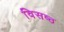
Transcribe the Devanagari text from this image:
विसष्ठ